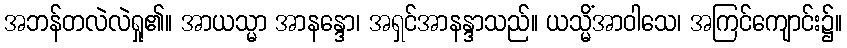
အဘန်တလဲလဲရှု၏။ အာယသ္မာ အာနန္ဒော၊ အရှင်အာနန္ဒာသည်။ ယသ္မိံအာဝါသေ၊ အကြင်ကျောင်း၌။